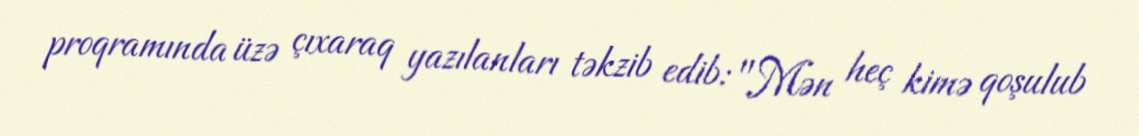
proqramında üzə çıxaraq yazılanları təkzib edib: "Mən heç kimə qoşulub